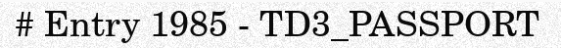
# Entry 1985 - TD3_PASSPORT